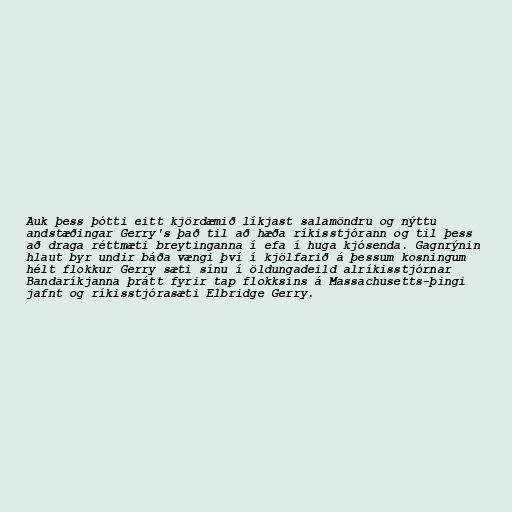
Auk þess þótti eitt kjördæmið líkjast salamöndru og nýttu
andstæðingar Gerry's það til að hæða ríkisstjórann og til þess
að draga réttmæti breytinganna í efa í huga kjósenda. Gagnrýnin
hlaut byr undir báða vængi því í kjölfarið á þessum kosningum
hélt flokkur Gerry sæti sínu í öldungadeild alríkisstjórnar
Bandaríkjanna þrátt fyrir tap flokksins á Massachusetts-þingi
jafnt og ríkisstjórasæti Elbridge Gerry.